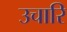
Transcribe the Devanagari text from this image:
उचारि